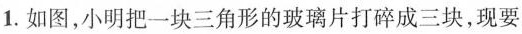
1.如图，小明把一块三角形的玻璃片打碎成三块，现要